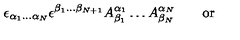
\epsilon _ { \alpha _ { 1 } \ldots \alpha _ { N } } \epsilon ^ { \beta _ { 1 } \ldots \beta _ { N + 1 } } A _ { \beta _ { 1 } } ^ { \alpha _ { 1 } } \ldots A _ { \beta _ { N } } ^ { \alpha _ { N } } \qquad \mathrm { o r } \qquad